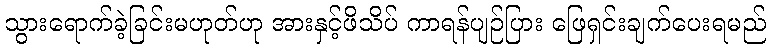
သွားရောက်ခဲ့ခြင်းမဟုတ်ဟု အားနှင့်ဖိသိပ် ကာရန်ပျဉ်ပြား ဖြေရှင်းချက်ပေးရမည်